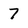
Character: 7